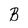
Character: B